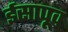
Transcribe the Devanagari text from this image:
ईसापूव